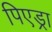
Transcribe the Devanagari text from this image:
पिएड्रा